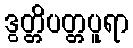
ဒွတ္တိပတ္တပူရာ